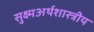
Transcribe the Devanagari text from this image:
सुक्ष्मअर्थशास्त्रीय